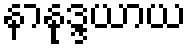
နာနုဒ္ဒယာယ